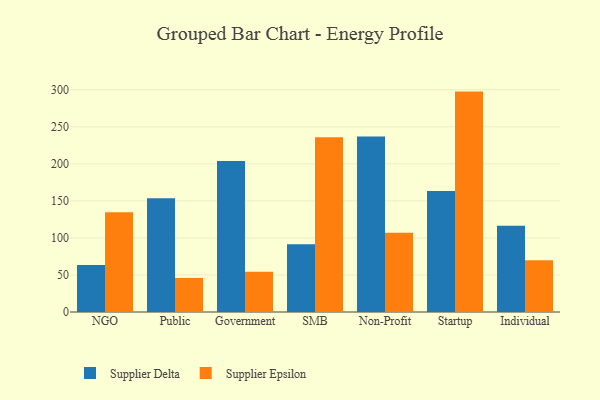
{"axis": {"x": "Segment", "y": "LTV (USD)"}, "legend": ["Supplier Delta", "Supplier Epsilon"], "data": [{"x": "NGO", "y": 63.5, "type": "Supplier Delta"}, {"x": "NGO", "y": 134.6, "type": "Supplier Epsilon"}, {"x": "Public", "y": 153.4, "type": "Supplier Delta"}, {"x": "Public", "y": 46.0, "type": "Supplier Epsilon"}, {"x": "Government", "y": 203.7, "type": "Supplier Delta"}, {"x": "Government", "y": 54.3, "type": "Supplier Epsilon"}, {"x": "SMB", "y": 91.5, "type": "Supplier Delta"}, {"x": "SMB", "y": 235.9, "type": "Supplier Epsilon"}, {"x": "Non-Profit", "y": 236.9, "type": "Supplier Delta"}, {"x": "Non-Profit", "y": 107.1, "type": "Supplier Epsilon"}, {"x": "Startup", "y": 163.4, "type": "Supplier Delta"}, {"x": "Startup", "y": 297.5, "type": "Supplier Epsilon"}, {"x": "Individual", "y": 116.5, "type": "Supplier Delta"}, {"x": "Individual", "y": 69.7, "type": "Supplier Epsilon"}]}